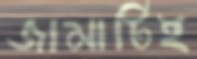
জামাটিই